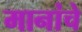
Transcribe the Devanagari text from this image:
मानांचे